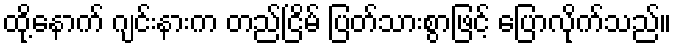
ထို့နောက် ဂျင်းနားက တည်ငြိမ် ပြတ်သားစွာဖြင့် ပြောလိုက်သည်။